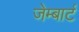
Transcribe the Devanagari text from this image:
जेम्बार्ट